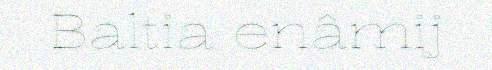
Baltia enâmij